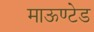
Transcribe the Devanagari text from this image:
माऊण्टेड